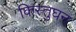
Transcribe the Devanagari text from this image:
किस्तुघन